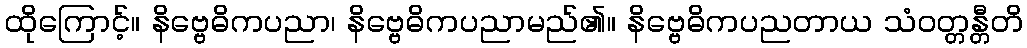
ထိုကြောင့်။ နိဗ္ဗေဓိကပညာ၊ နိဗ္ဗေဓိကပညာမည်၏။ နိဗ္ဗေဓိကပညတာယ သံဝတ္တန္တီတိ